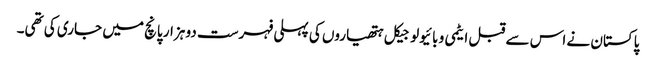
پاکستان نے اس سے قبل ایٹمی و بائیولوجیکل ہتھیاروں کی پہلی فہرست دو ہزار پانچ میں جاری کی تھی۔